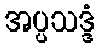
အပ္ပသဒ္ဒံ